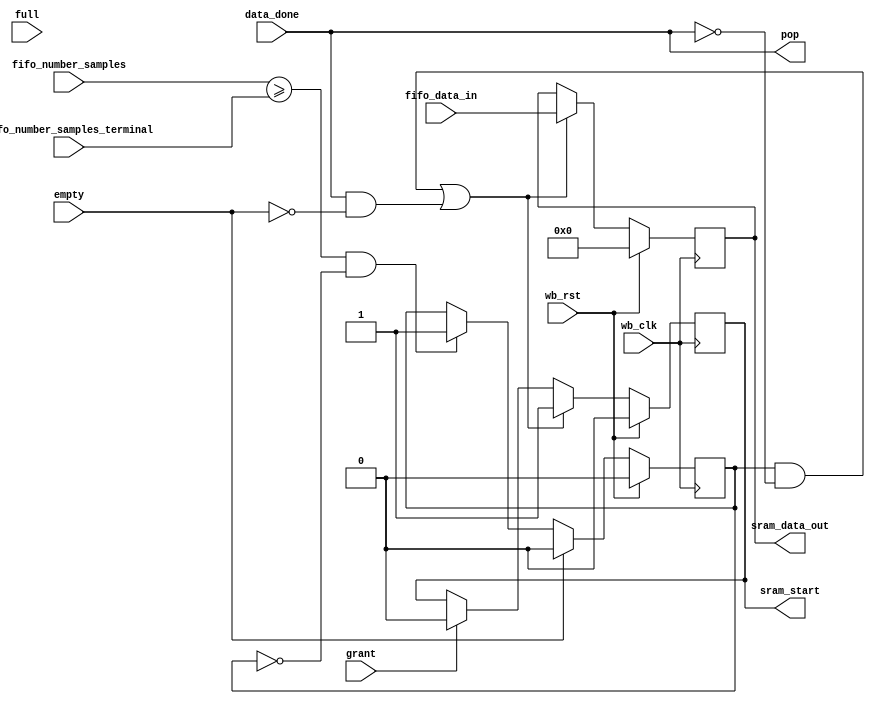
module fifo_to_sram (/*AUTOARG*/
   // Outputs
   pop, sram_data_out, sram_start,
   // Inputs
   wb_clk, wb_rst, empty, full, grant, fifo_number_samples,
   fifo_number_samples_terminal, data_done, fifo_data_in
   ) ;

   parameter dw=32;
   
   
   input wb_clk;
   input wb_rst;
   input empty;
   input full;
   input grant;
   input [5:0] fifo_number_samples;   
   input [5:0] fifo_number_samples_terminal;
   input       data_done;   
   output wire pop;
   input [dw-1:0] fifo_data_in;
   output reg [dw-1:0] sram_data_out;
   output reg          sram_start;

   reg                 active;

   assign pop = data_done;
   
   
   //
   // If the number of samples in the FIFO is greater than or equal to the FW
   // controlled terminal value, then we are active.  We stay active until the
   // empty flag is asserted.  This way all data is pulled out of the FIFO
   // and dumped to SRAM.  This allows for burst data moves.
   //
   always @(posedge wb_clk)
     if (wb_rst) begin
        active <= 0;        
     end else begin
        if (empty) begin
           active <= 0;           
        end else if ((fifo_number_samples >= fifo_number_samples_terminal) && !active) begin
           active <= 1;           
        end
     end   

   //
   // If we are active and not popping data, start to POP data from FIFO
   // also signal the bus master state machine to start.  Hold the sram_start
   // bit high until grant is asserted.  Grant is generated by the arbiter so
   // we know we are now the channel driving bus master and storing data.
   //
   always @(posedge wb_clk)
     if (wb_rst) begin
        //pop <=0;    
        sram_data_out <= 0;      
        sram_start <= 0;        
     end else begin
        if ((active && !pop) || 
            (data_done & !empty)) begin
           //pop <= 1;       
           sram_data_out <= fifo_data_in;
           sram_start <= 1;           
        end else if (grant) begin
           //sram_data_out <= 0;
           sram_start <= 0;           
        end else begin
           //pop <= 0;
        end
     end // else: !if(wb_rst)   
   
endmodule